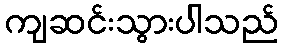
ကျဆင်းသွားပါသည်